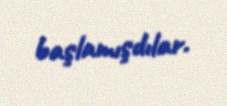
başlamışdılar.